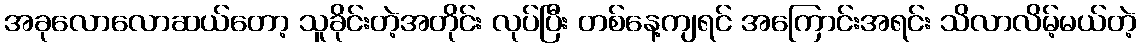
အခုလောလောဆယ်တော့ သူခိုင်းတဲ့အတိုင်း လုပ်ပြီး တစ်နေ့ကျရင် အကြောင်းအရင်း သိလာလိမ့်မယ်တဲ့